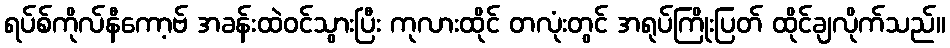
ရပ်စ်ကိုလ်နီကော့ဗ် အခန်းထဲဝင်သွားပြီး ကုလားထိုင် တလုံးတွင် အရုပ်ကြိုးပြတ် ထိုင်ချလိုက်သည်။